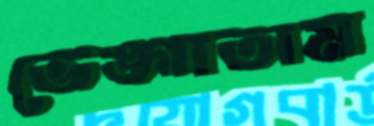
ভেঙ্গাতাম